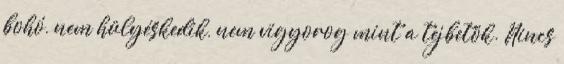
bohó, nem hülyéskedik, nem vigyorog mint a tejbetök. Nincs